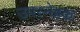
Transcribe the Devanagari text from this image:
उपस्नेहक